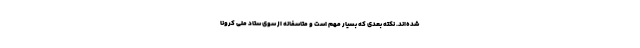
شده‌اند. نکته بعدی که بسیار مهم است و متاسفانه از سوی ستاد ملی کرونا